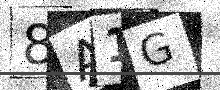
Text: 8A1G